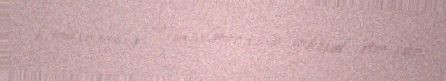
kitabşünaslıq və miniatür sənəti inkişaf etmişdir.